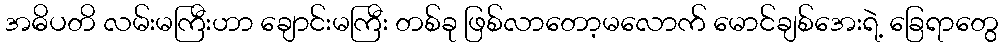
အဓိပတိ လမ်းမကြီးဟာ ချောင်းမကြီး တစ်ခု ဖြစ်လာတော့မလောက် မောင်ချစ်အေးရဲ့ ခြေရာတွေ